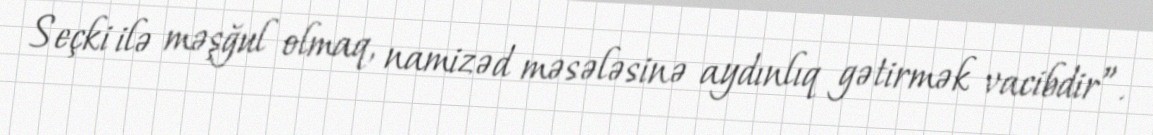
Seçki ilə məşğul olmaq, namizəd məsələsinə aydınlıq gətirmək vacibdir”.